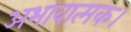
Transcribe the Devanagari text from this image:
अभावात्मक।